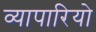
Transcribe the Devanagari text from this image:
व्यापारियो